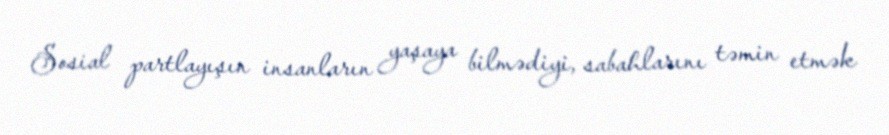
Sosial partlayışın insanların yaşaya bilmədiyi, sabahlarını təmin etmək